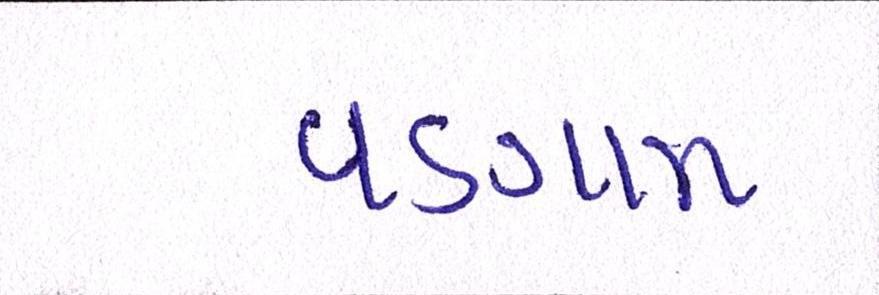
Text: વડગામ